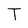
Character: T